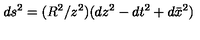
d s ^ { 2 } = ( R ^ { 2 } / z ^ { 2 } ) ( d z ^ { 2 } - d t ^ { 2 } + d \bar { x } ^ { 2 } )